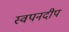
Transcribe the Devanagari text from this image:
स्वपनदीप